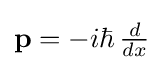
{\textstyle \mathbf {p} =-i\hbar \,{\frac {d}{dx}}}